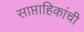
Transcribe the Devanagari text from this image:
साप्ताहिकांची